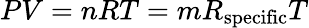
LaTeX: PV=nRT=mR_{\mathrm{{specific}}}T